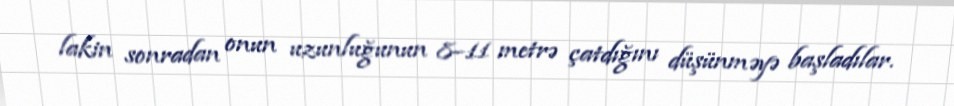
lakin sonradan onun uzunluğunun 8–11 metrə çatdığını düşünməyə başladılar.